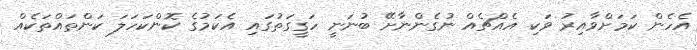
އެހެން ކަމަށްވާއިރު ވަކި އެއްޗެއް ނުގެންނާށޭ ބުނަނީ ހަގީގަތުގައި އެކަމުގެ ކޮންކަހަލަ ކަންތައްތަކެއް